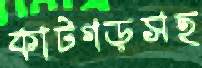
কাটগড়সহ